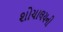
શોચાલયની